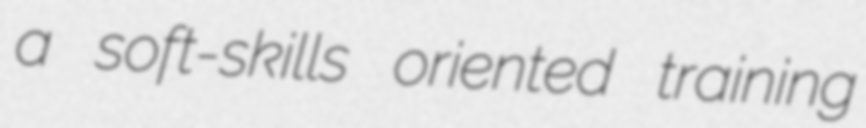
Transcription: a soft-skills oriented training